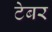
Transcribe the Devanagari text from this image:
टेबर